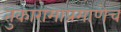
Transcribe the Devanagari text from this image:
तुकारामाप्रमाणेच